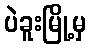
ပဲခူးမြို့မှ